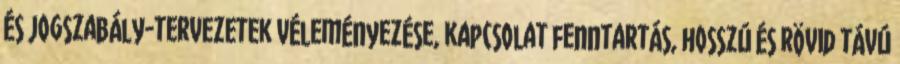
és jogszabály-tervezetek véleményezése, kapcsolat fenntartás, hosszú és rövid távú